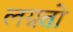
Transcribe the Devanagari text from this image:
लग्नतो